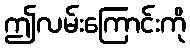
ဤလမ်းကြောင်းကို